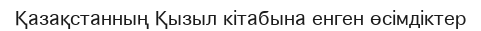
Қазақстанның Қызыл кітабына енген өсімдіктер